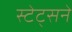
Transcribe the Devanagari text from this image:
स्टेट्सने